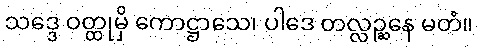
သဒ္ဒေ ဝတ္ထုမှိ ကောဋ္ဌာသေ၊ ပါဒေ တလ္လဉ္ဆနေ မတံ။